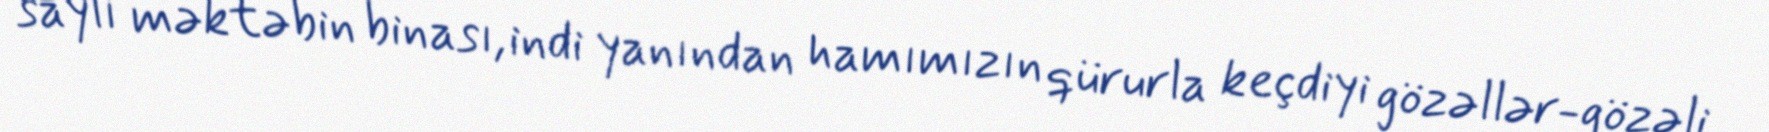
saylı məktəbin binası, indi yanından hamımızın qürurla keçdiyi gözəllər-gözəli